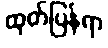
ထုတ်ပြန်ရာ